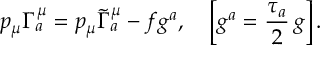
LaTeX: p _ { \mu } \Gamma _ { a } ^ { \mu } = p _ { \mu } \tilde { \Gamma } _ { a } ^ { \mu } - f g ^ { a } , \quad \left[ g ^ { a } = \frac { \tau _ { a } } { 2 } \, g \right] .